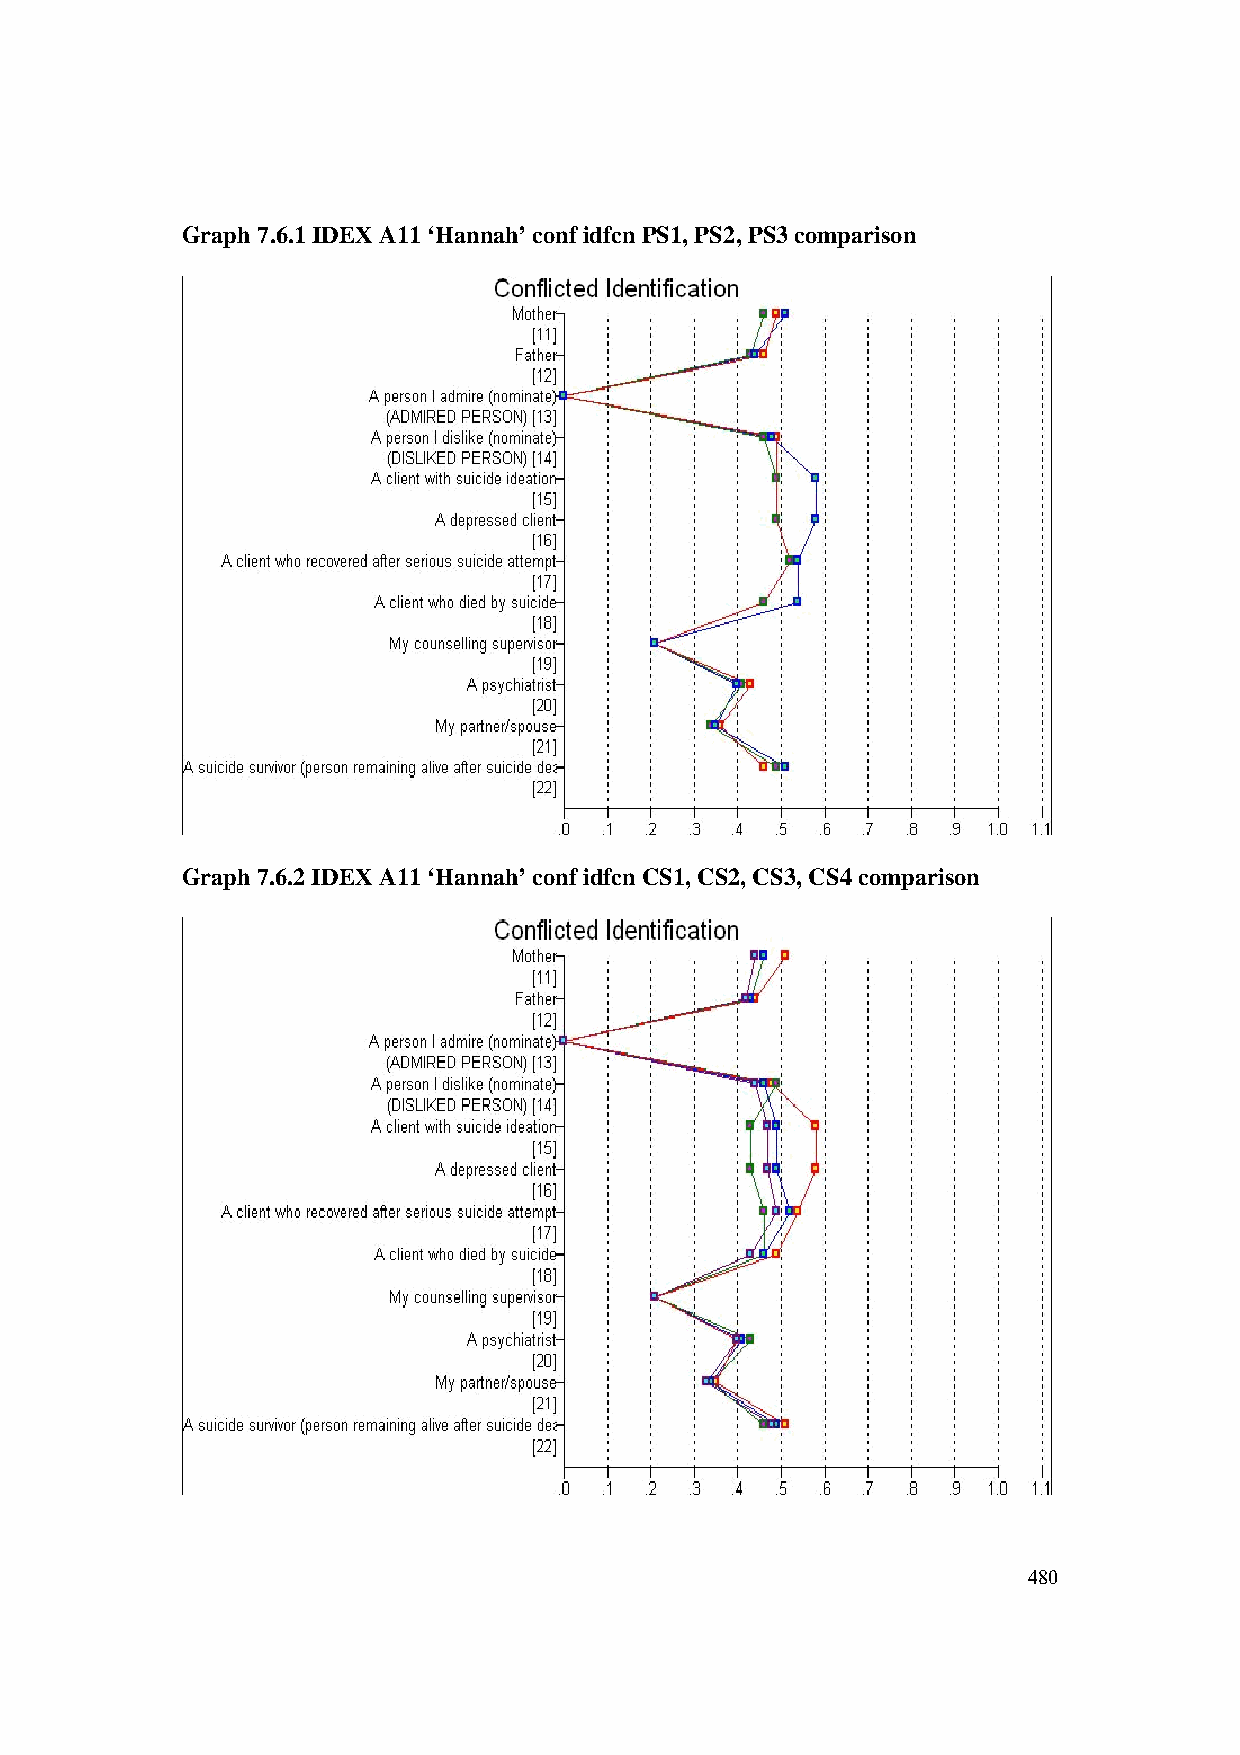
Graph 7.6.1 IDEX A11 ‘Hannah’ conf idfcn PS1, PS2, PS3 comparison
 Graph 7.6.2 IDEX A11 ‘Hannah’ conf idfcn CS1, CS2, CS3, CS4 comparison
 480